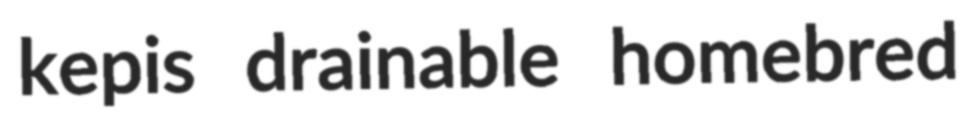
kepis drainable homebred